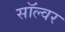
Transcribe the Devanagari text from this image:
सॉल्वर